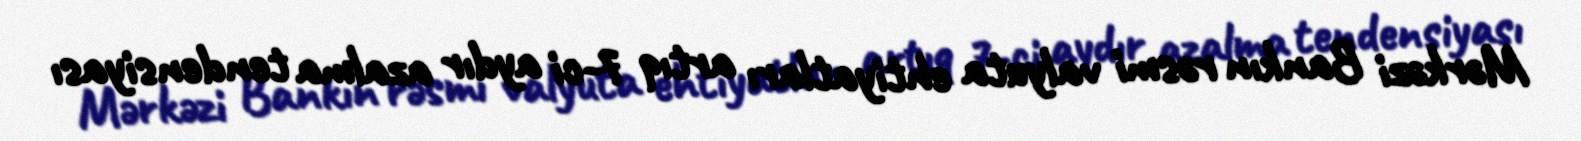
Mərkəzi Bankın rəsmi valyuta ehtiyatları artıq 7-ci aydır azalma tendensiyası